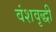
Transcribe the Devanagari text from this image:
वंशवृद्धी